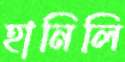
হানিলি